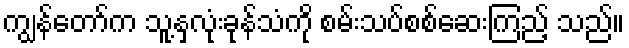
ကျွန်တော်က သူ့နှလုံးခုန်သံကို စမ်းသပ်စစ်ဆေးကြည့် သည်။